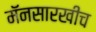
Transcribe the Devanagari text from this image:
मॅनसारखीच